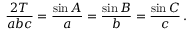
{ \frac { 2 T } { a b c } } = { \frac { \sin A } { a } } = { \frac { \sin B } { b } } = { \frac { \sin C } { c } } \, .